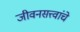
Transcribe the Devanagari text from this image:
जीवनसत्त्वांचे